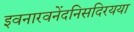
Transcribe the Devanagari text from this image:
इवनारवनेंदनिसदिरयया